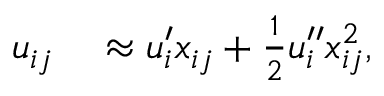
\begin{array} { r l } { u _ { i j } } & { { } \approx u _ { i } ^ { \prime } x _ { i j } + \frac 1 2 u _ { i } ^ { \prime \prime } x _ { i j } ^ { 2 } , } \end{array}